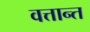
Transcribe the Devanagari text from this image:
वत्तान्त